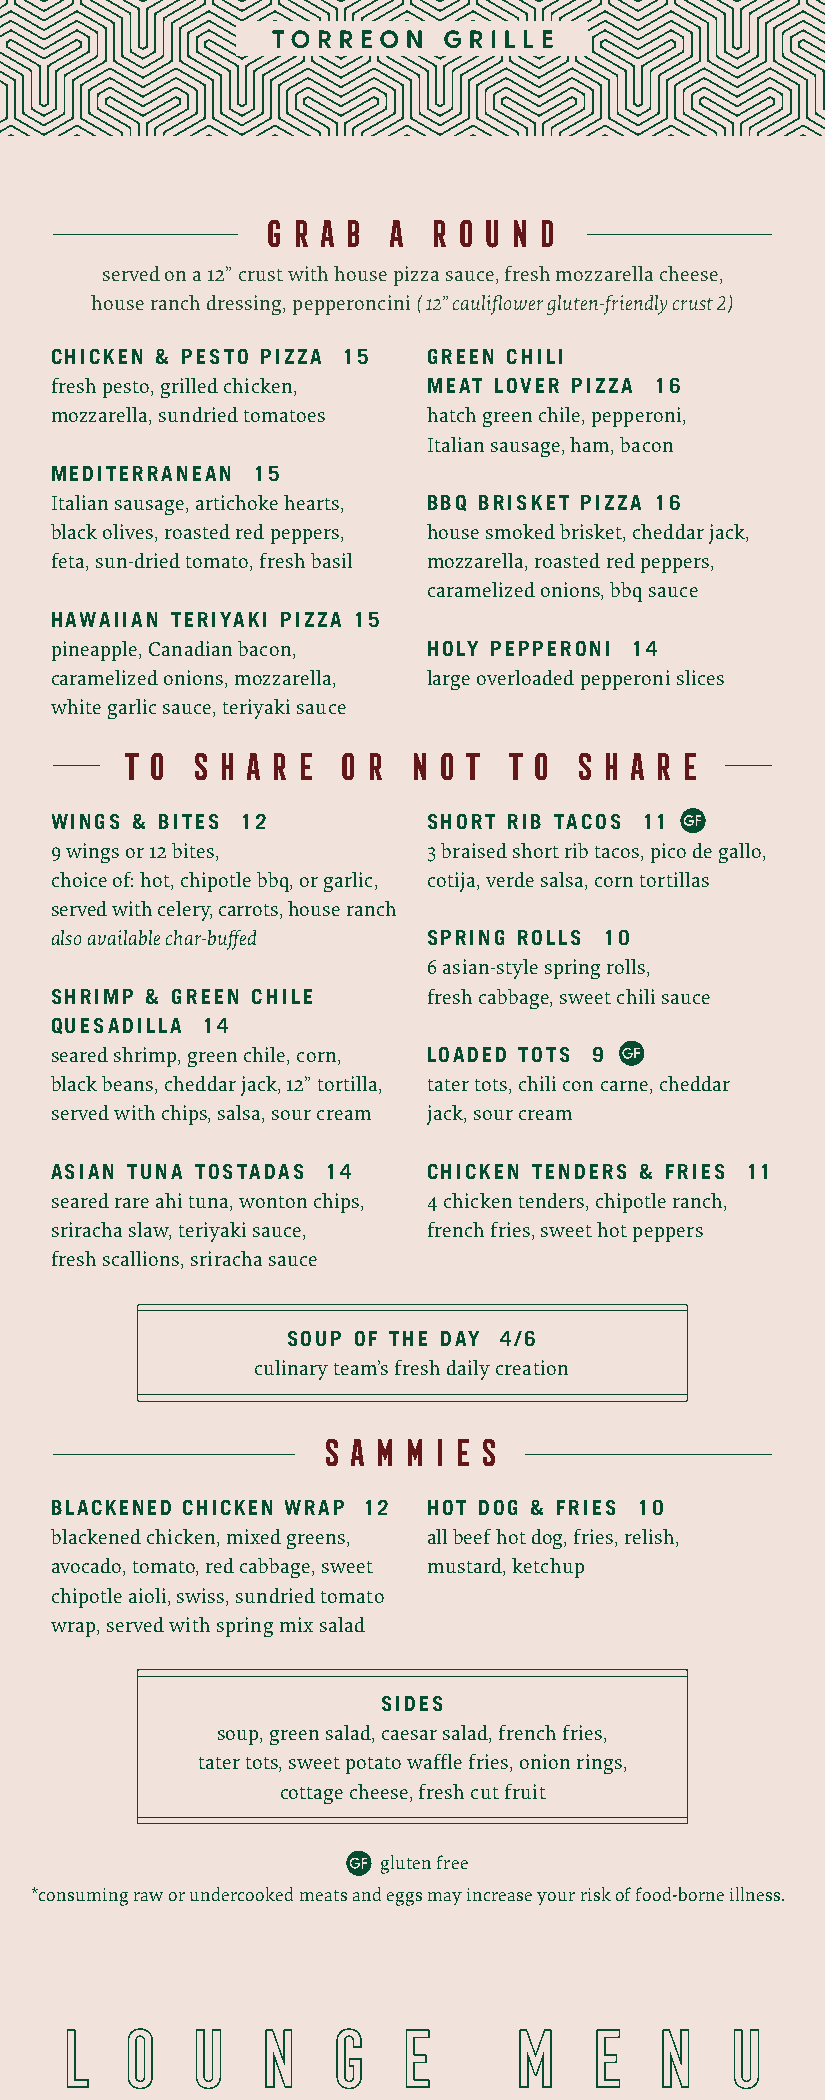
g r a b  a r ou  n d
 served on a 12” crust with house pizza sauce, fresh mozzarella cheese,
 house ranch dressing, pepperoncini ( 12” cauliflower gluten-friendly crust 2)
 CHICKEN & PESTO PIZZA 15 GREEN CHILI
 fresh pesto, grilled chicken, MEAT LOVER PIZZA 16
 mozzarella, sundried tomatoes hatch green chile, pepperoni,
 Italian sausage, ham, bacon
 MEDITERRANEAN 15
 Italian sausage, artichoke hearts, BBQ BRISKET PIZZA 16
 black olives, roasted red peppers, house smoked brisket, cheddar jack,
 feta, sun-dried tomato, fresh basil mozzarella, roasted red peppers,
 caramelized onions, bbq sauce
 HAWAIIAN TERIYAKI PIZZA 15
 pineapple, Canadian bacon, HOLY PEPPERONI 14
 caramelized onions, mozzarella, large overloaded pepperoni slices
 white garlic sauce, teriyaki sauce
 TO   S H A R E O R N OT  TO   S H A R E
 WINGS & BITES 12         SHORT RIB TACOS 11
 9 wings or 12 bites,     3 braised short rib tacos, pico de gallo,
 choice of: hot, chipotle bbq, or garlic, cotija, verde salsa, corn tortillas
 served with celery, carrots, house ranch
 also available char-buffed SPRING ROLLS 10
 6 asian-style spring rolls,
 SHRIMP & GREEN CHILE     fresh cabbage, sweet chili sauce
 QUESADILLA 14
 seared shrimp, green chile, corn, LOADED TOTS 9
 black beans, cheddar jack, 12” tortilla, tater tots, chili con carne, cheddar
 served with chips, salsa, sour cream jack, sour cream
 ASIAN TUNA TOSTADAS 14   CHICKEN TENDERS & FRIES 11
 seared rare ahi tuna, wonton chips, 4 chicken tenders, chipotle ranch,
 sriracha slaw, teriyaki sauce, french fries, sweet hot peppers
 fresh scallions, sriracha sauce
 SOUP OF THE DAY 4/6
 culinary team’s fresh daily creation
 SA  M M I E S
 BLACKENED CHICKEN WRAP 12 HOT DOG & FRIES 10
 blackened chicken, mixed greens, all beef hot dog, fries, relish,
 avocado, tomato, red cabbage, sweet mustard, ketchup
 chipotle aioli, swiss, sundried tomato
 wrap, served with spring mix salad
 SIDES
 soup, green salad, caesar salad, french fries,
 tater tots, sweet potato waffle fries, onion rings,
 cottage cheese, fresh cut fruit
 gluten free
 *consuming raw or undercooked meats and eggs may increase your risk of food-borne illness.
 L   O   U    N    G   E       M    E   N    U